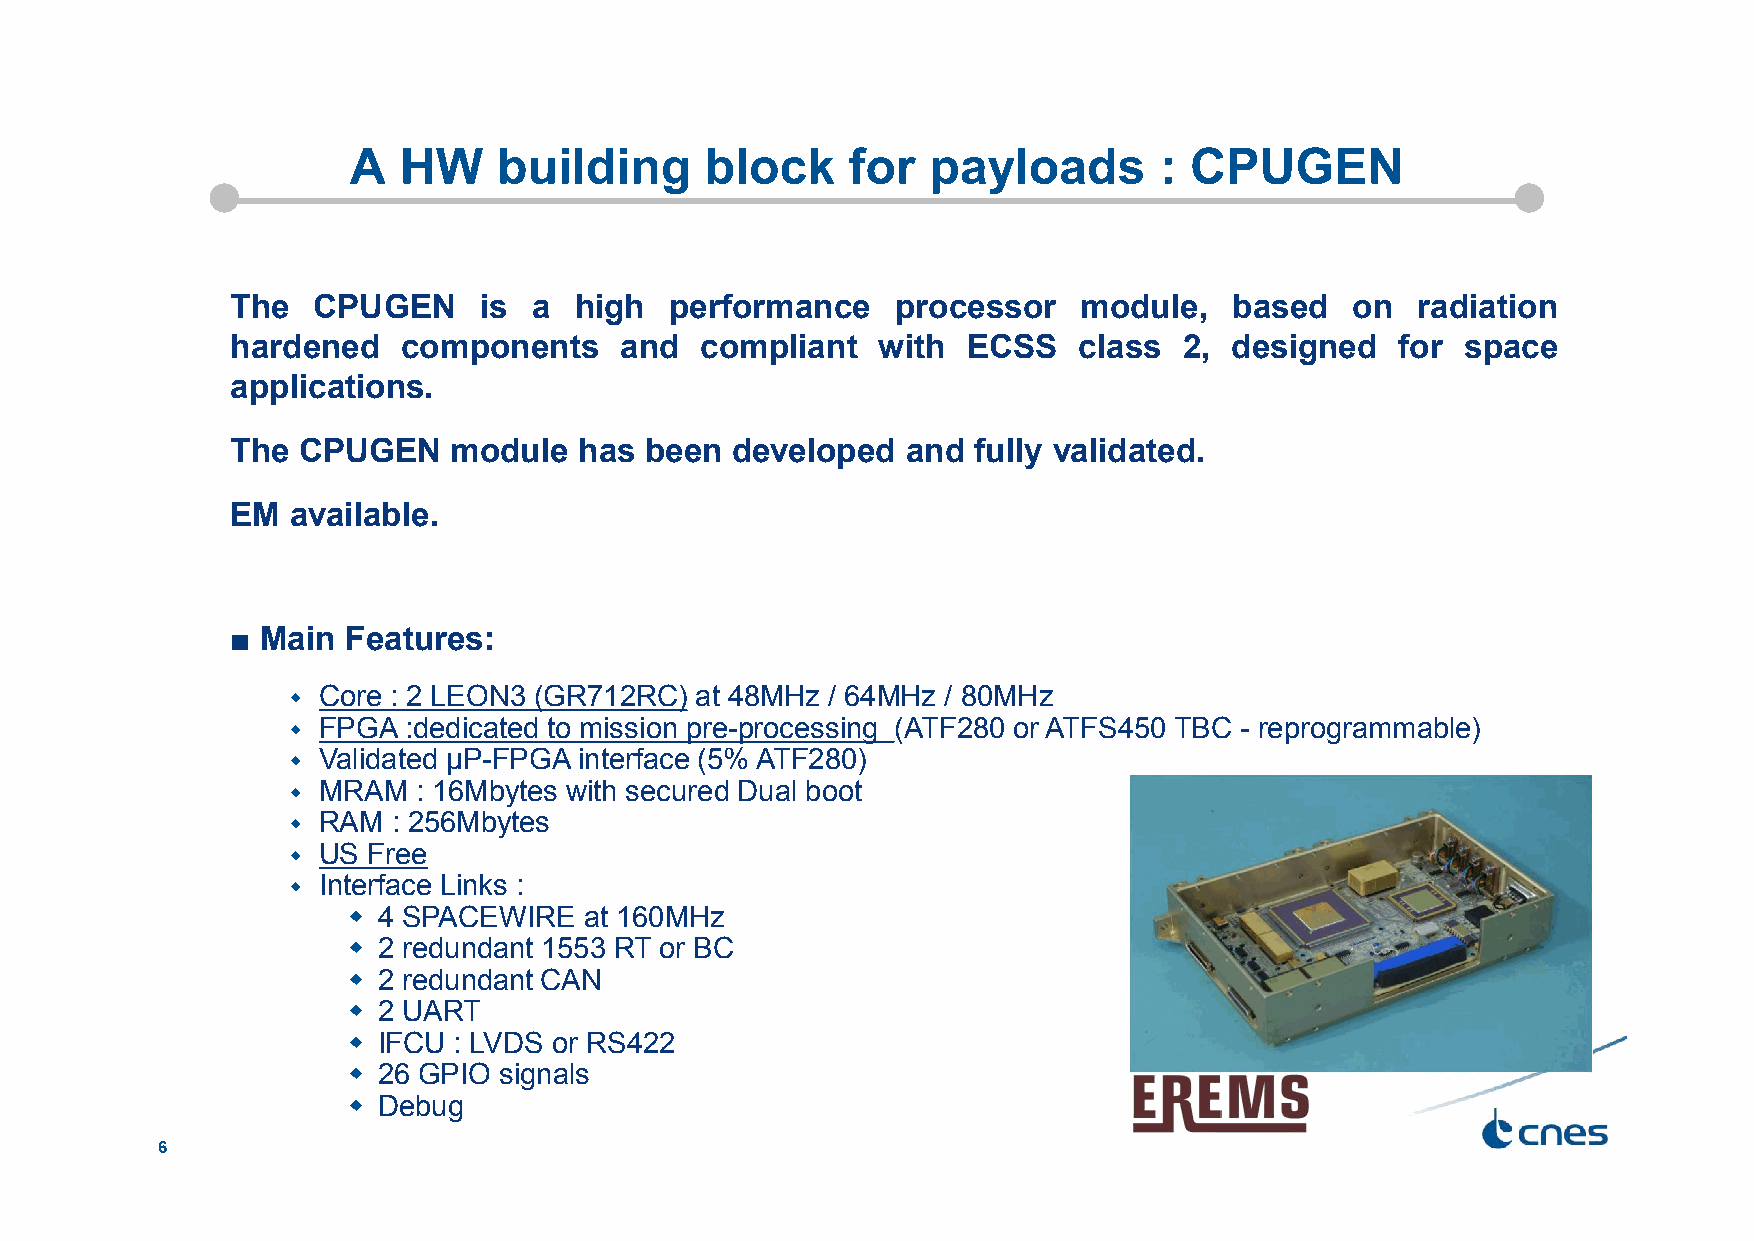
A  HW     building      block    for   payloads       : CPUGEN
 The   CPUGEN     is a  high  performance    processor    module,   based   on  radiation
 hardened    components    and  compliant   with  ECSS   class  2,  designed   for space
 applications.
 The  CPUGEN    module  has  been developed   and  fully validated.
 EM  available.
 ■ Main  Features:
  Core : 2 LEON3 (GR712RC) at 48MHz / 64MHz / 80MHz
  FPGA  :dedicated to mission pre-processing (ATF280 or ATFS450 TBC - reprogrammable)
  Validated µP-FPGA interface (5% ATF280)
  MRAM   : 16Mbytes with secured Dual boot
  RAM  : 256Mbytes
  US Free
  Interface Links :
  4 SPACEWIRE   at 160MHz
  2 redundant 1553 RT or BC
  2 redundant CAN
  2 UART
  IFCU : LVDS or RS422
  26 GPIO signals
  Debug
 6